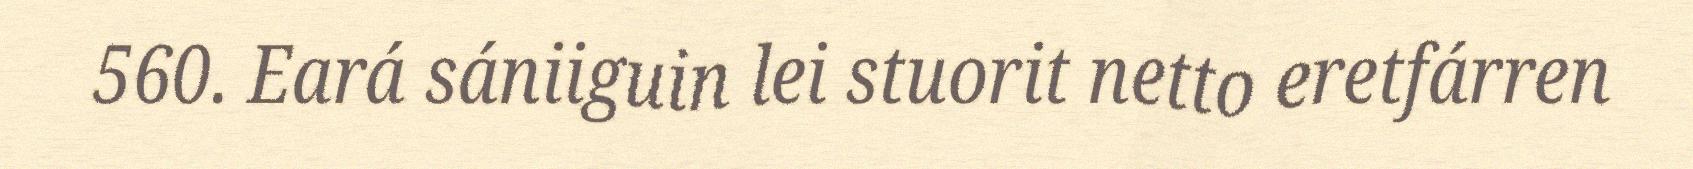
560. Eará sániiguin lei stuorit netto eretfárren